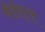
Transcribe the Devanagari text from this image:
चैरीयट्स